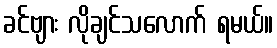
ခင်ဗျား လိုချင်သလောက် ရမယ်။